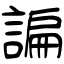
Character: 諞